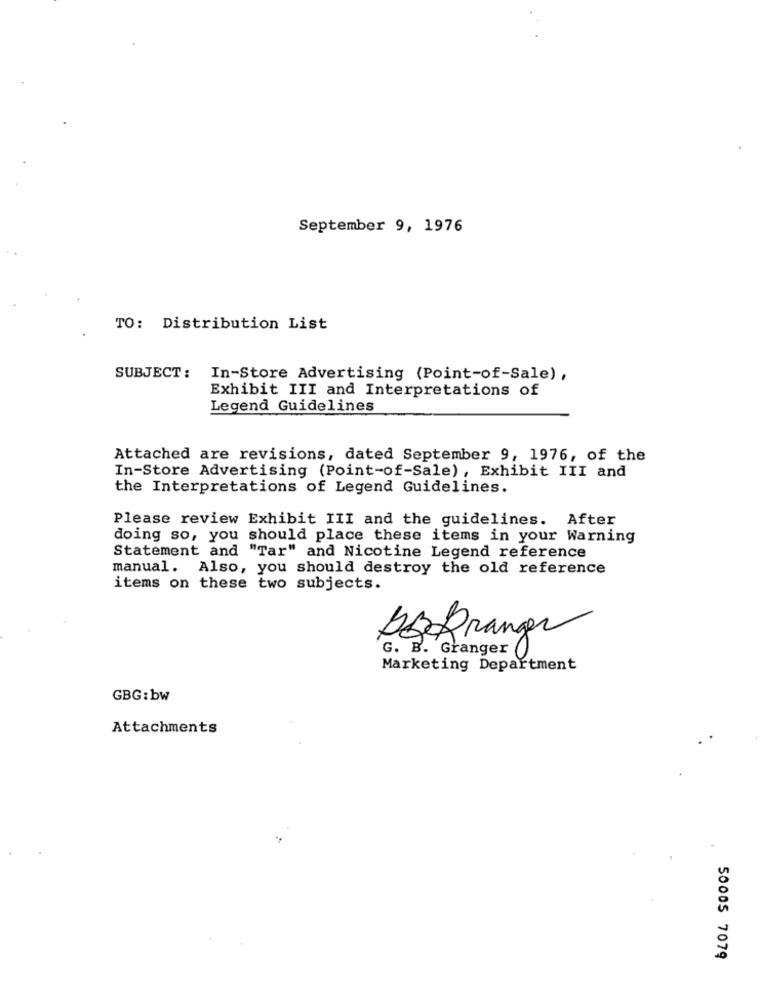
September 9, 1976
TO: Distribution List
SUBJECT:
In-Store Advertising (Point-of-Sale) ,
Exhibit III and Interpretations of
Legend Guidelines
Attached are revisions, dated September 9, 1976, of the
In-Store Advertising (Point-of-Sale) , Exhibit III and
the Interpretations of Legend Guidelines.
Please review Exhibit III and the guidelines. After
doing so, you should place these items in your Warning
Statement and "Tar" and Nicotine Legend reference
manual. Also, you should destroy the old reference
items on these two subjects.
DERrange
G. B. Granger ()
Marketing Department
GBG:bw
Attachments
50005 7079